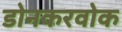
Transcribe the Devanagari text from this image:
डोनकरवोक